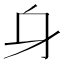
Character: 𨈐